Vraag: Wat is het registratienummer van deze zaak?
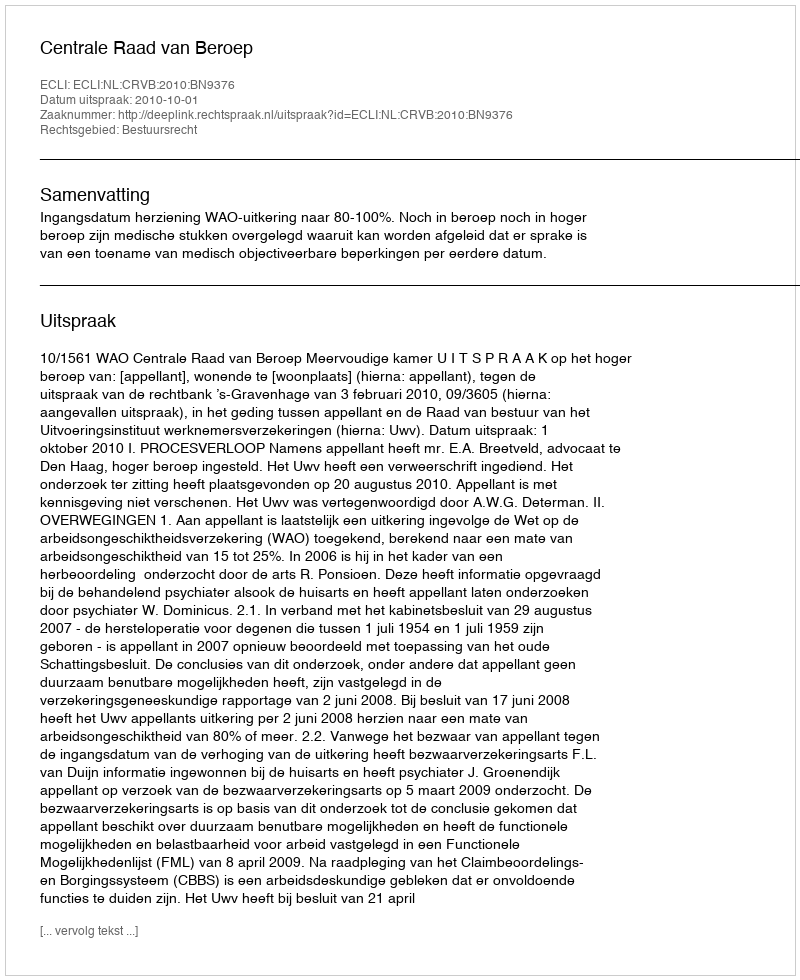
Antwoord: http://deeplink.rechtspraak.nl/uitspraak?id=ECLI:NL:CRVB:2010:BN9376